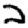
Digit: 2